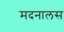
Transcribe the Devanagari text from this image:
मदनालस